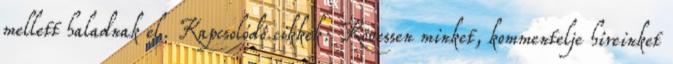
mellett haladnak el. Kapcsolódó cikkek: Kövessen minket, kommentelje híreinket